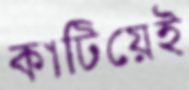
কাটিয়েই